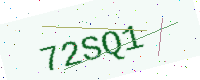
Text: 72SQ1